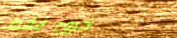
خروج فقط